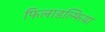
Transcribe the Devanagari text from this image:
फिलाडल्फिया